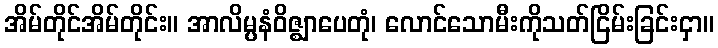
အိမ်တိုင်အိမ်တိုင်း။ အာလိမ္ပနံဝိဇ္ဈာပေတုံ၊ လောင်သောမီးကိုသတ်ငြိမ်းခြင်းငှာ။